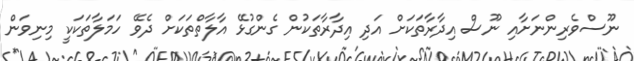
ނޫސްވެރިންނަށާއި ނޫސް އިދާރާތަކަށް އަދި އިދާރާތަކުން ގެންގުޅޭ އާލާތްތަކަށް ދެވޭ ހަމަލާތަކަކީ މިނިވަން